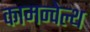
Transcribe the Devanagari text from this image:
कामन्वेल्थ